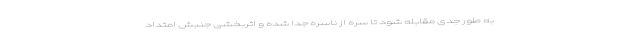
به طور جدی مقابله شود تا سره از ناسره جدا شده و اثربخشی جنبش امتداد